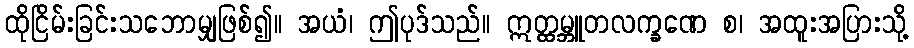
ထိုငြိမ်းခြင်းသဘောမျှဖြစ်၍။ အယံ၊ ဤပုဒ်သည်။ ဣတ္ထမ္ဘူတလက္ခဏေ စ၊ အထူးအပြားသို့